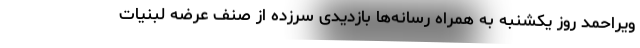
ویراحمد روز یکشنبه به همراه رسانه‌ها بازدیدی سرزده از صنف عرضه لبنیات